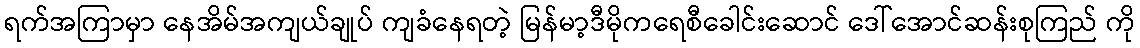
ရက်အကြာမှာ နေအိမ်အကျယ်ချုပ် ကျခံနေရတဲ့ မြန်မာ့ဒီမိုကရေစီခေါင်းဆောင် ဒေါ်အောင်ဆန်းစုကြည် ကို